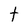
Character: t